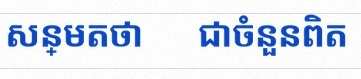
សន្មតថា x ជាចំនួនពិត